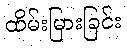
ထိမ်းမြားခြင်း